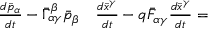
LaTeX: \begin{array} { r l } { { \frac { d { \bar { p } } _ { \alpha } } { d t } } - { \bar { \Gamma } } _ { \alpha \gamma } ^ { \beta } { \bar { p } } _ { \beta } } & { { } { \frac { d { \bar { x } } ^ { \gamma } } { d t } } - q { \bar { F } } _ { \alpha \gamma } { \frac { d { \bar { x } } ^ { \gamma } } { d t } } = } \end{array}